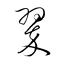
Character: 翠